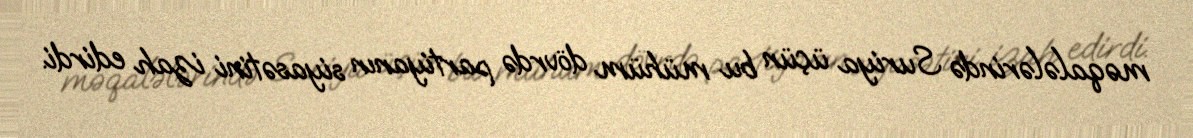
məqalələrində Suriya üçün bu mühüm dövrdə partiyanın siyasətini izah edirdi.